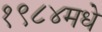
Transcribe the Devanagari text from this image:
१९८४मधे